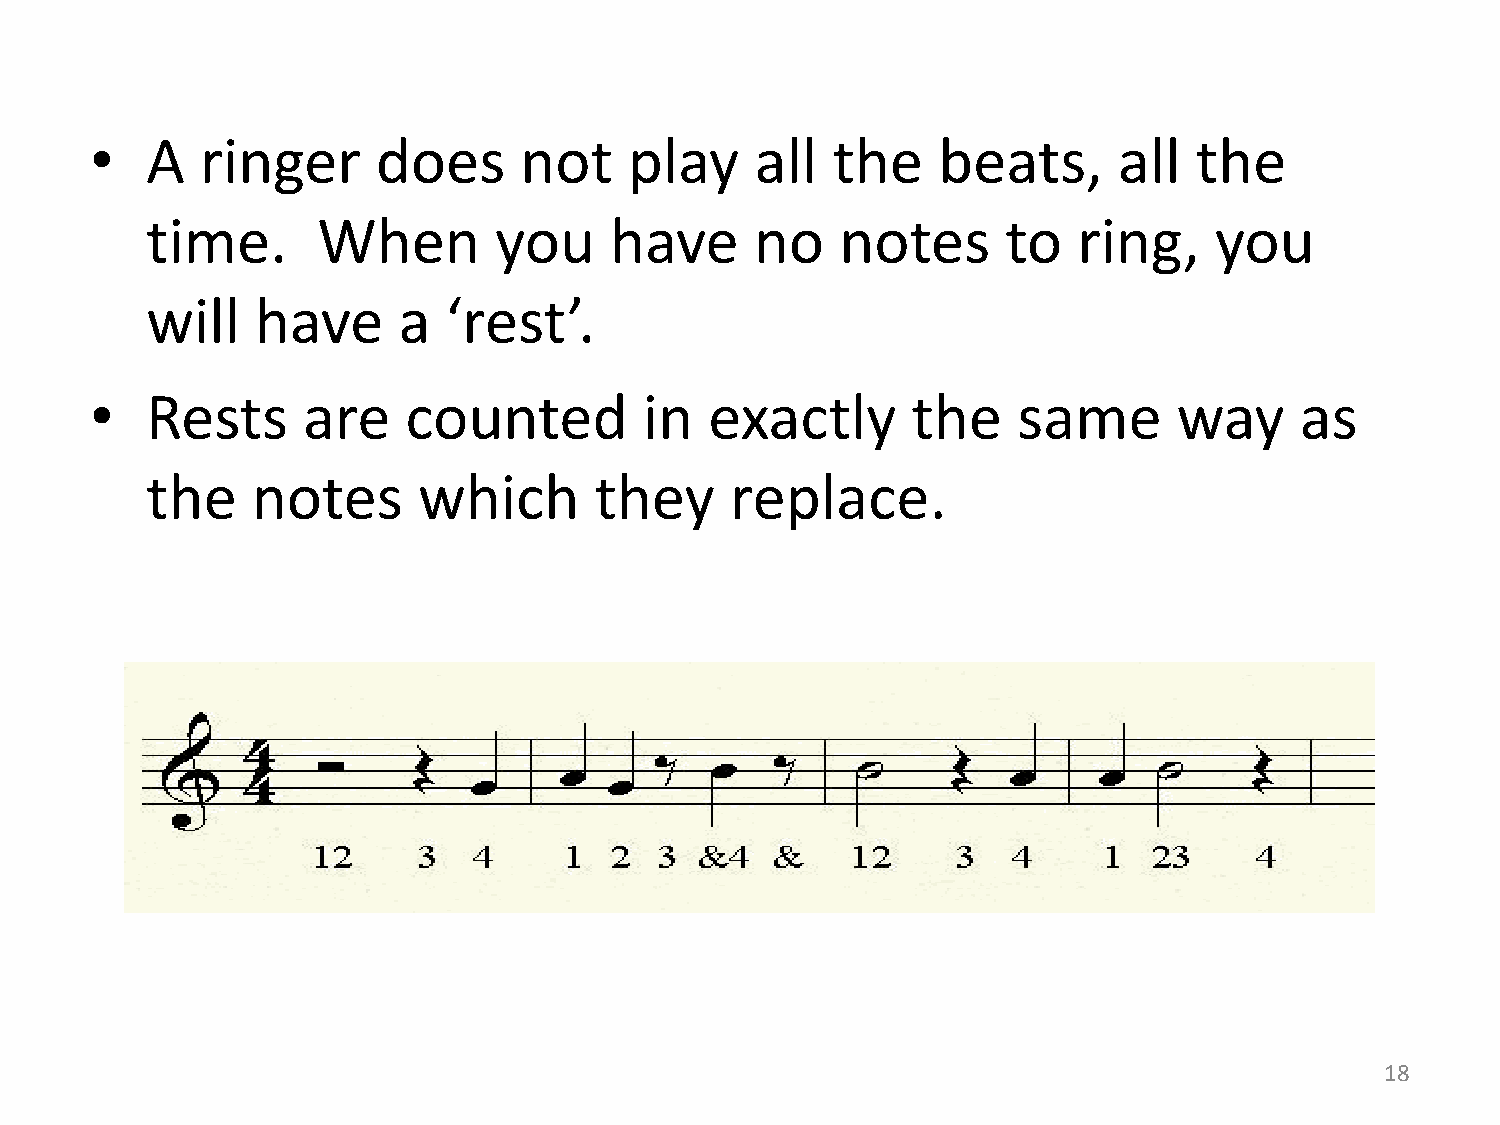
•   A  ringer      does     not     play    all  the    beats,      all  the
 time.      When        you    have      no    notes      to  ring,    you
 will   have     a   ‘rest’.
 •   Rests     are    counted         in  exactly      the    same       way     as
 the    notes      which      they     replace.
 18